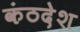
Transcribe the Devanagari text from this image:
कंठदेश